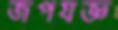
জপযজ্ঞ